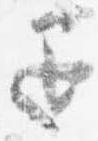
退